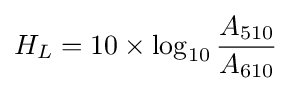
H_{L}=10\times \log _{10}{\frac {A_{510}}{A_{610}}}